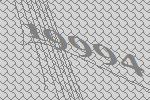
19994